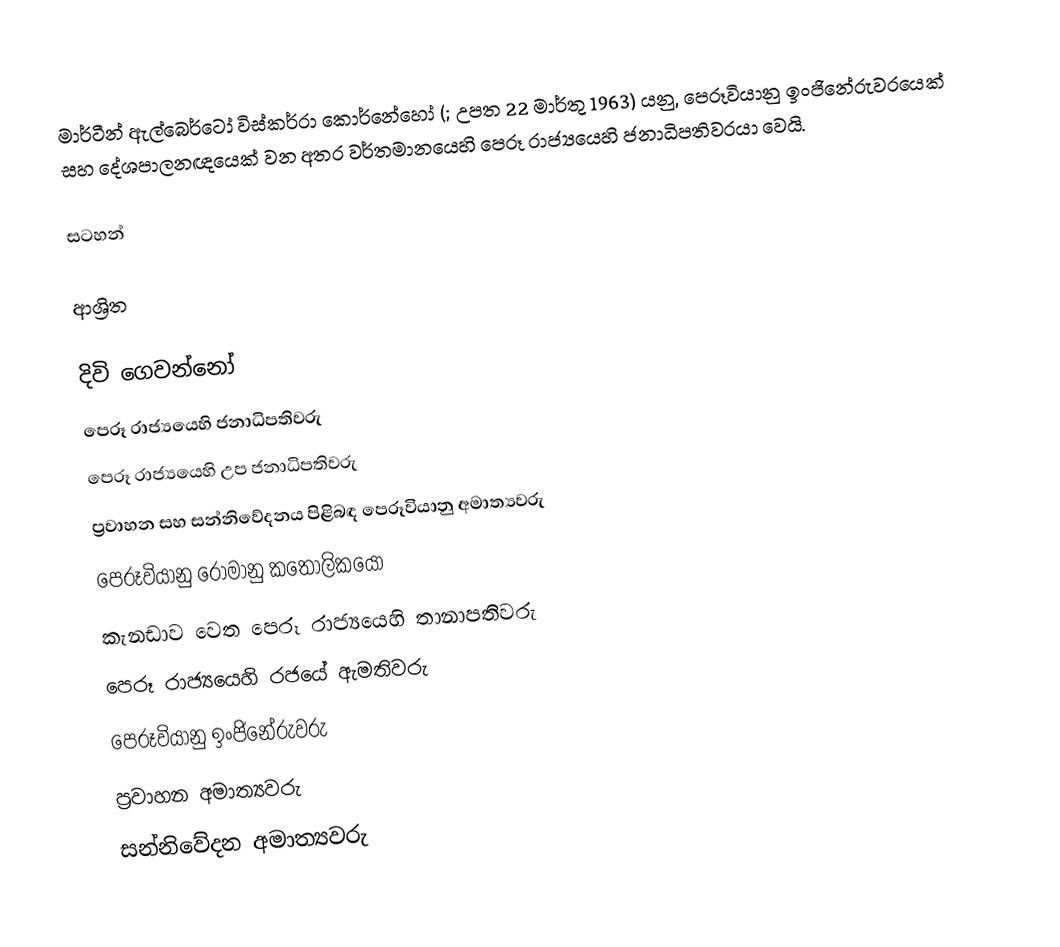
මාර්ටීන් ඇල්බෙර්ටෝ විස්කර්රා කොර්නේහෝ  (; උපත 22 මාර්තු 1963) යනු, පෙරූවියානු ඉංජිනේරුවරයෙක් සහ දේශපාලනඥයෙක් වන අතර වර්තමානයෙහි  පෙරූ රාජ්‍යයෙහි ජනාධිපතිවරයා වෙයි.

සටහන්

ආශ්‍රිත

දිවි ගෙවන්නෝ
පෙරූ රාජ්‍යයෙහි ජනාධිපතිවරු
පෙරූ රාජ්‍යයෙහි උප ජනාධිපතිවරු
ප්‍රවාහන සහ සන්නිවේදනය පිළිබඳ පෙරූවියානු අමාත්‍යවරු
පෙරූවියානු රෝමානු කතෝලිකයෝ
කැනඩාව වෙත පෙරූ රාජ්‍යයෙහි තානාපතිවරු
පෙරූ රාජ්‍යයෙහි රජයේ ඇමතිවරු
පෙරූවියානු ඉංජිනේරුවරු
ප්‍රවාහන අමාත්‍යවරු
සන්නිවේදන අමාත්‍යවරු